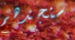
سنجدهم